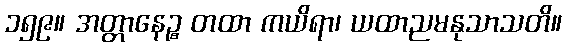
၁၅၉။ အတ္တာနေဉ္စ တထာ ကယိရာ၊ ယထာညမနုသာသတိ။